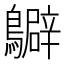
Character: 𪇊